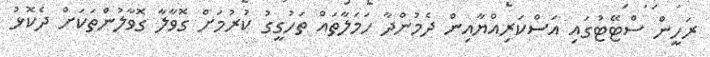
ރަހީން ސްޓޭޓުގައި އަސްކަރިއްޔާއިން ދެމުންދާ ހަމަލާތައް ތަހުގީގު ކުރުމަށް ގޮވާލާ ގޮވާލުންތަކަށް ދެކޮޅު